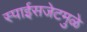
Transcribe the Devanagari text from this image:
स्पाईसजेटमुळे